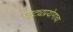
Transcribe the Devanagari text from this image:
नाट्यप्रयोगाचा